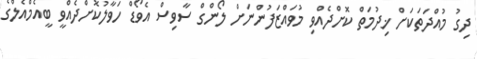
ދިގު މުއްދަތަކަށް ޚިދުމަތް ކޮށްދެއްވި މުވައްޒަފުންނަށް ލޯންގް ސާވިސް އެވޯޑް ހަވާލުކޮށްދެއްވީ ބީއެމްއެލްގެ